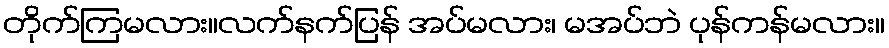
တိုက်ကြမလား။လက်နက်ပြန် အပ်မလား၊ မအပ်ဘဲ ပုန်ကန်မလား။